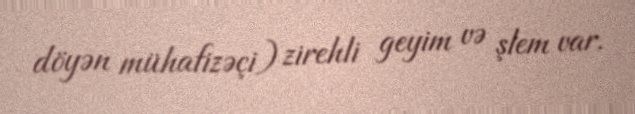
döyən mühafizəçi) zirehli geyim və şlem var.